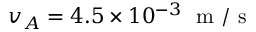
v _ { A } = 4 . 5 \times 1 0 ^ { - 3 } ~ \mathrm { ~ m ~ } / \mathrm { ~ s ~ }